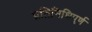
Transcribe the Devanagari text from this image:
प्रतिनिधिपूर्ण